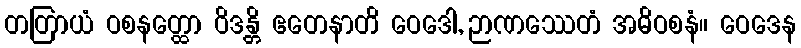
တတြာယံ ဝစနတ္ထော ဝိဒန္တိ ဧတေနာတိ ဝေဒေါ, ဉာဏဿေတံ အဓိဝစနံ။ ဝေဒေန